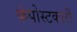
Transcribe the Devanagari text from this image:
कंपोस्टकारी